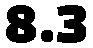
8.3